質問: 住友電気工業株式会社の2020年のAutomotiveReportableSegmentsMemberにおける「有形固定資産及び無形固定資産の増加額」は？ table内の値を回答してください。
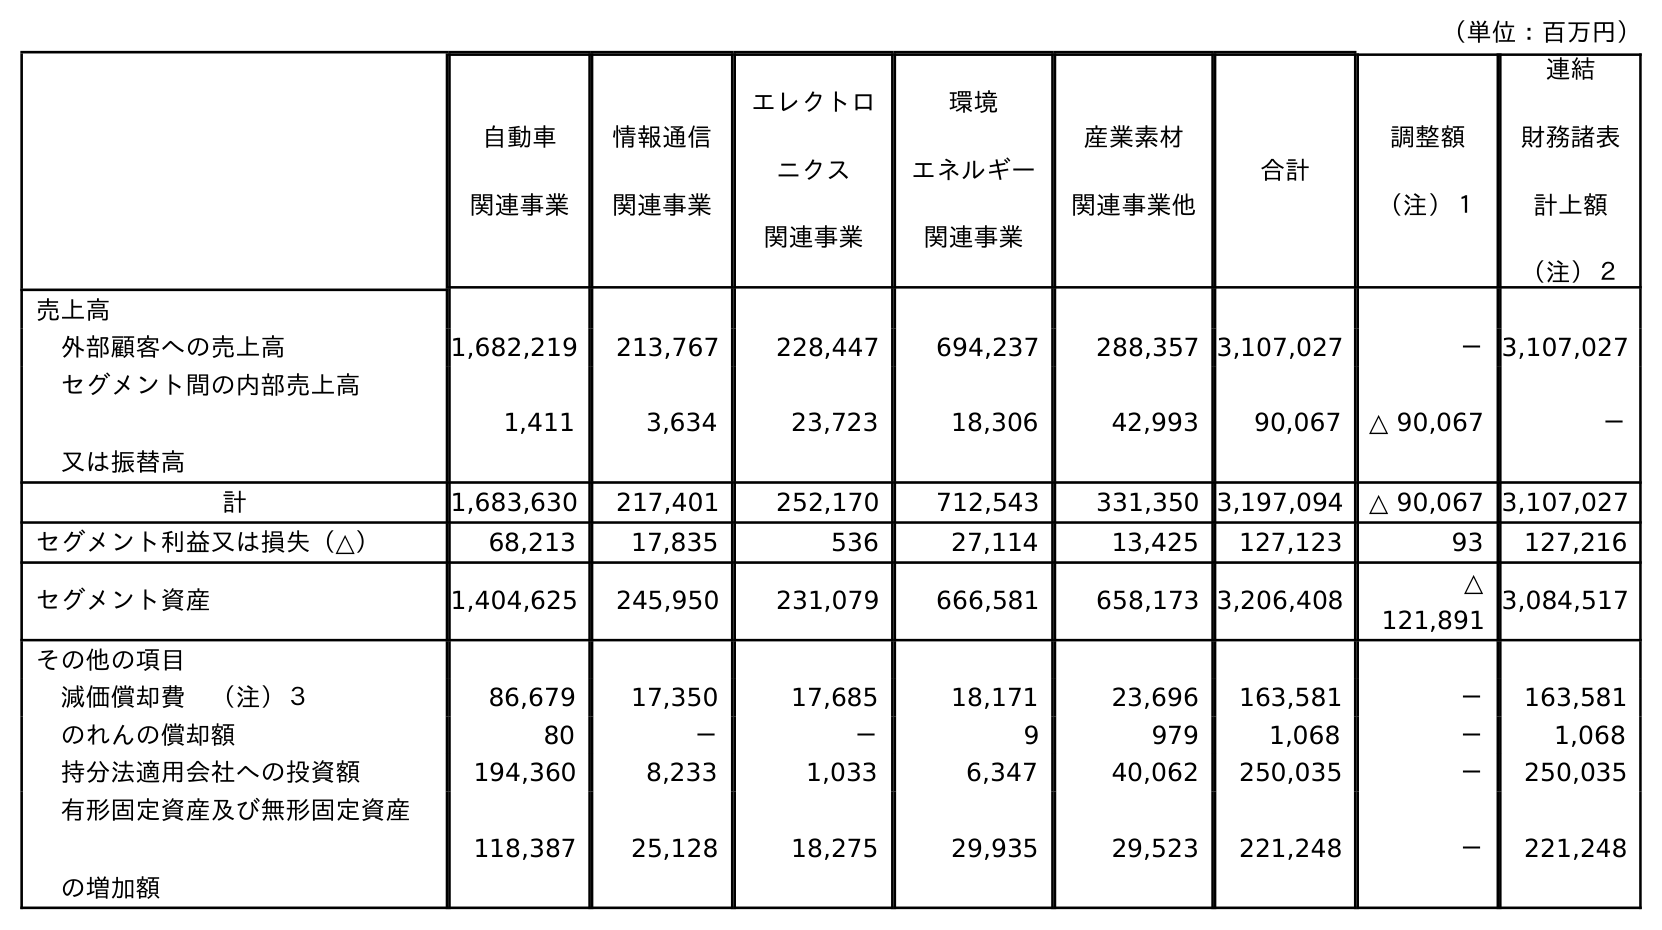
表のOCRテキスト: （単位：百万円） 自動車 関連事業 情報通信 関連事業 エレクトロ ニクス 関連事業 環境 エネルギー 関連事業 産業素材 関連事業他 合計 調整額 （注）１ 連結 財務諸表 計上額 （注）２ 売上高 外部顧客への売上高 1,682,219 213,767 228,447 694,237 288,357 3,107,027 －3,107,027 セグメント間の内部売上高 又は振替高 1,411 3,634 23,723 18,306 42,993 90,067 △ 90,067 － 計 1,683,630 217,401 252,170 712,543 331,350 3,197,094 △ 90,067 3,107,027 セグメント利益又は損失（△） 68,213 17,835 536 27,114 13,425 127,123 93 127,216 セグメント資産 1,404,625 245,950 231,079 666,581 658,173 3,206,408 △ 121,891 3,084,517 その他の項目 減価償却費 （注）３ 86,679 17,350 17,685 18,171 23,696 163,581 － 163,581 のれんの償却額 80 － － 9 979 1,068 － 1,068 持分法適用会社への投資額 194,360 8,233 1,033 6,347 40,062 250,035 － 250,035 有形固定資産及び無形固定資産 の増加額 118,387 25,128 18,275 29,935 29,523 221,248 － 221,248
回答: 118,387